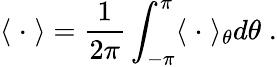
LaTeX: \langle\; \cdot\; \rangle=\frac{1}{2\pi}\int_{-\pi}^{\pi}\langle\; \cdot\; \rangle_{\theta}d\theta\; .